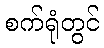
စက်ရုံတွင်